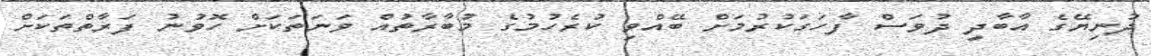
ދުނިޔޭގެ އާބާދީ ދުވަސް ފާހަގަކުރުމަށް ބޭއްވި ކުރެހުމުގެ މުބާރާތުއް ވަނަތަކަށް ހޮވުނު ފަރާތްތަކަށް